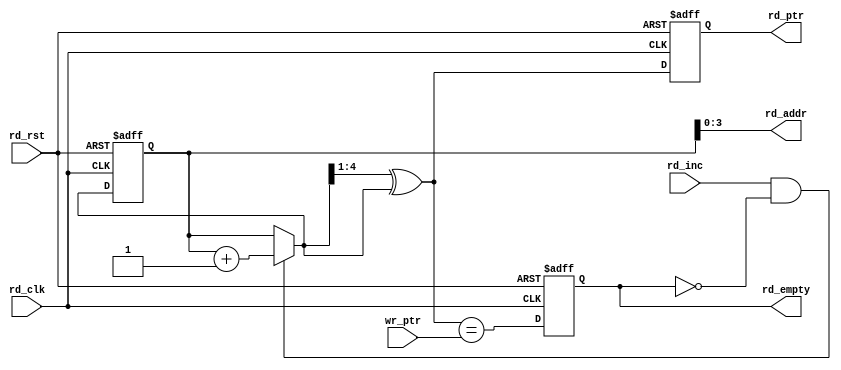
`timescale 1ns / 1ps

//////////////////////////////////////////////////////////////////////////////////
// Diploma: By Eng. Ali Mohamed Eltemsah
// Design Name: DigIC_Dip08_09_CDC
// Module Name: FIFO_RD
// Project Name: Asynchronous FIFO
//////////////////////////////////////////////////////////////////////////////////


module FIFO_RD #(parameter ADD_WIDTH = 4)(
    input   wire                            rd_clk,
    input   wire                            rd_rst,
    input   wire                            rd_inc,
    input   wire    [ADD_WIDTH     : 0]     wr_ptr,
    output  wire    [ADD_WIDTH     : 0]     rd_ptr,
    output  wire    [ADD_WIDTH - 1 : 0]     rd_addr,
    output  wire                            rd_empty
    );

reg     [ADD_WIDTH : 0]     rd_bin_ptr_reg, rd_bin_ptr_next;
reg     [ADD_WIDTH : 0]     rd_grey_ptr_reg, rd_grey_ptr_next;
reg                         rd_empty_reg, rd_empty_next;

// generation of read address
always @(posedge rd_clk, negedge rd_rst)
    begin
        if (!rd_rst)
            begin
                rd_bin_ptr_reg <= 0;
            end
        else
            begin
                rd_bin_ptr_reg <= rd_bin_ptr_next;
            end
    end

always @(*)
    begin
        if (rd_inc && !rd_empty)
            begin
                rd_bin_ptr_next <= rd_bin_ptr_reg + 1;
            end
        else
            begin
                rd_bin_ptr_next <= rd_bin_ptr_reg;
            end
    end
    
assign  rd_addr = rd_bin_ptr_reg[ADD_WIDTH - 1 : 0];

// generation of write gray pointer
always @(posedge rd_clk, negedge rd_rst)
    begin
        if (!rd_rst)
            begin
                rd_grey_ptr_reg <= 0;
            end
        else
            begin
                rd_grey_ptr_reg <= rd_grey_ptr_next;
            end
    end

always @(*)
    begin
        rd_grey_ptr_next = (rd_bin_ptr_next >> 1) ^ rd_bin_ptr_next;    // binary to gray conversion
    end
 
assign  rd_ptr = rd_grey_ptr_reg;

// generation of empty flag
always @(posedge rd_clk, negedge rd_rst)
    begin
        if (!rd_rst)
            begin
                rd_empty_reg <= 1'b1;
            end
        else
            begin
                rd_empty_reg <= rd_empty_next;
            end
    end

always @(*)
    begin
        rd_empty_next = (rd_grey_ptr_next == wr_ptr);
    end

assign  rd_empty = rd_empty_reg;
endmodule